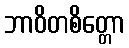
ဘာဝိတစိတ္တော